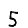
Digit: 5